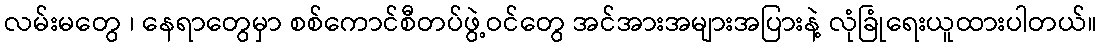
လမ်းမတွေ ၊ နေရာတွေမှာ စစ်ကောင်စီတပ်ဖွဲ့ဝင်တွေ အင်အားအများအပြားနဲ့ လုံခြုံရေးယူထားပါတယ်။